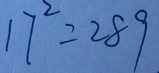
1 7 ^ { 2 } = 2 8 9